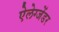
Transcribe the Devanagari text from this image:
ऐलेग्जेंडर